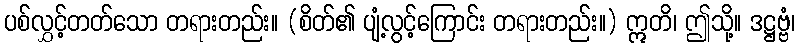
ပစ်လွှင့်တတ်သော တရားတည်း။ (စိတ်၏ ပျံ့လွင့်ကြောင်း တရားတည်း။) ဣတိ၊ ဤသို့။ ဒဋ္ဌဗ္ဗံ၊